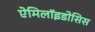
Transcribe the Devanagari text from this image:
ऐमिलॉइडोसिस